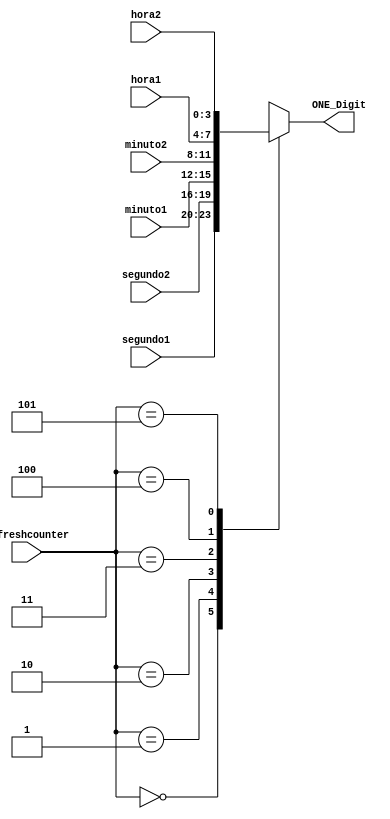
`timescale 1ns / 1ps

module control_Num(
    input [3:0] segundo1, segundo2,
    input [3:0] minuto1, minuto2,
    input [3:0] hora1, hora2,
    input [2:0] refreshcounter,
    output reg [3:0] ONE_Digit =0
    );
    
    always @(refreshcounter)
        begin
            case (refreshcounter)
                3'b000:
                     ONE_Digit= segundo1; 
                3'b001:
                     ONE_Digit= segundo2; 
                3'b010:
                     ONE_Digit= minuto1;
                3'b011:
                     ONE_Digit= minuto2; 
                3'b100:
                     ONE_Digit= hora1; 
                3'b101:
                     ONE_Digit= hora2;
                default ONE_Digit = 4'bxxxx;  
            endcase   
        end
endmodule